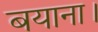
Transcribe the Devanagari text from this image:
बयाना।